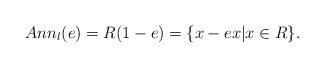
LaTeX: \begin{align*}Ann_l(e)=R(1-e)=\{x-ex\vert x\in R\}.\end{align*}